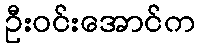
ဦးဝင်းအောင်က